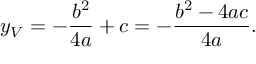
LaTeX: y _ { V } = - { \frac { b ^ { 2 } } { 4 a } } + c = - { \frac { b ^ { 2 } - 4 a c } { 4 a } } .